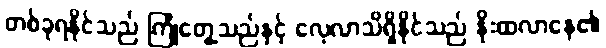
တစ်ခုရနိုင်သည် ကြုံတွေ့သည်နှင့် လေ့လာသိရှိနိုင်သည် နိုးထလာနေ၏